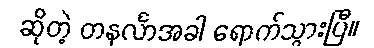
ဆိုတဲ့ တနင်္လာအခါ ရောက်သွားပြီ။